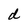
Character: d